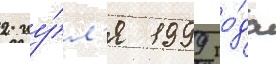
2 иу́л'я 1999 го́да